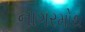
નાગરમોથ